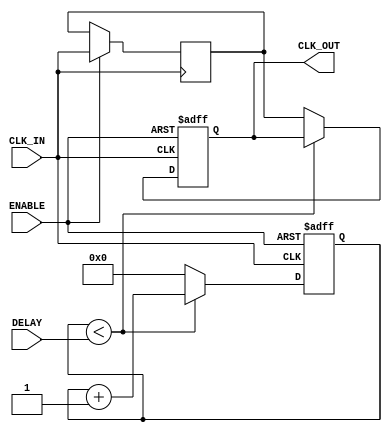
module DelayClockBuffer (
    input wire CLK_IN,         // Input clock signal
    input wire ENABLE,         // Enable signal for the buffer
    input wire [3:0] DELAY,    // Delay control (4-bit for programmable delay)
    output reg CLK_OUT         // Output delayed clock signal
);

    // Internal signal for the delayed clock
    reg [3:0] delay_counter;   // Counter for delay implementation
    reg clk_delayed;           // Intermediate delayed clock signal

    // Clock generation with delay
    always @(posedge CLK_IN or negedge ENABLE) begin
        if (!ENABLE) begin
            // If disabled, output is held low or can be set to a known state
            CLK_OUT <= 1'b0; // or CLK_OUT <= CLK_IN; based on design requirement
            delay_counter <= 4'b0; // Reset delay counter
        end else begin
            // Increment delay counter based on the delay setting
            if (delay_counter < DELAY) begin
                delay_counter <= delay_counter + 1;
            end else begin
                // After the delay period, output the delayed clock
                CLK_OUT <= clk_delayed;
                delay_counter <= 4'b0; // Reset counter after output
            end
        end
    end

    // Generate the delayed clock signal
    always @(posedge CLK_IN) begin
        if (ENABLE) begin
            clk_delayed <= CLK_IN; // Capture the input clock
        end
    end

endmodule